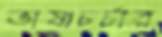
ভাষাচর্চার